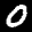
Label: 0